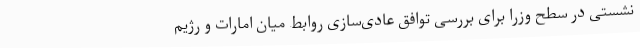
نشستی در سطح وزرا برای بررسی توافق عادی‌سازی روابط میان امارات و رژیم